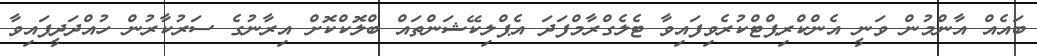
ބައެއް އާންމުން ވަނީ އެންކްރިޕްޓްކުރެވިފައިވާ ޓެލެގްރާމްފަދަ އެޕްލިކޭޝަންތައް ބްލޮކްކޮށް އިރާނުގެ ސަރުކާރުން ހުއްދަދީފައިވާ